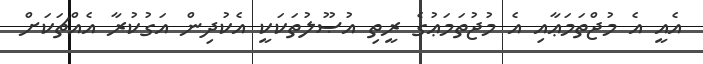
އެއީ އެ މުޖްތަމަޢާއި އެ މުޖުތަމަޢުގެ ރީތި އުޞޫލުތަކަކީ އެކުދިން އަގުކުރާ އެއްޗަކަށް